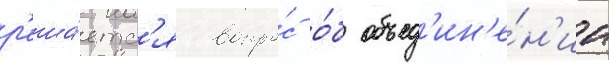
р'еша́етс'я вопро́с о́б объед'ин'е́н'ии